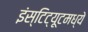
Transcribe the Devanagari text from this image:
इंस्टिट्यूटमध्ये